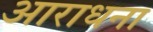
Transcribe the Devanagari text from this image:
अाराधना